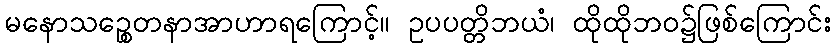
မနောသဉ္စေတနာအာဟာရကြောင့်။ ဥပပတ္တိဘယံ၊ ထိုထိုဘဝ၌ဖြစ်ကြောင်း